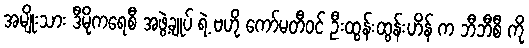
အမျိုးသား ဒီမိုကရေစီ အဖွဲ့ချုပ် ရဲ့ ဗဟို ကော်မတီဝင် ဦးထွန်းထွန်းဟိန် က ဘီဘီစီ ကို